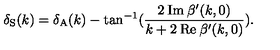
\delta _ { \mathrm { S } } ( k ) = \delta _ { \mathrm { A } } ( k ) - \tan ^ { - 1 } ( \frac { 2 \: \mathrm { I m } \: \beta ^ { \prime } ( k , 0 ) } { k + 2 \: \mathrm { R e } \: \beta ^ { \prime } ( k , 0 ) } ) .